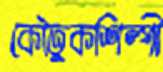
কৌতুকশিল্পী